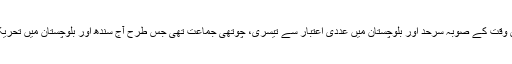
پیپلز پارٹی اُس وقت کے صوبہ سرحد اور بلوچستان میں عددی اعتبار سے تیسری، چوتھی جماعت تھی جس طرح آج سندھ اور بلوچستان میں تحریک انصاف ہے۔